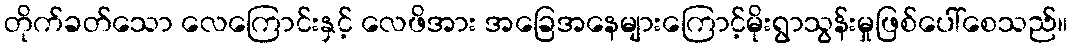
တိုက်ခတ်သော လေကြောင်းနှင့် လေဖိအား အခြေအနေများကြောင့်မိုးရွာသွန်းမှုဖြစ်ပေါ်စေသည်။